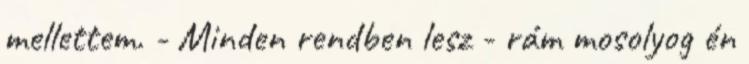
mellettem. - Minden rendben lesz - rám mosolyog én